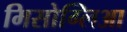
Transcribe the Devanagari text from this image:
मिसोग्लिआ